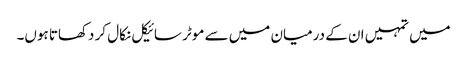
میں تمہیں ان کے درمیان میں سے موٹر سائیکل نکال کر دکھاتا ہوں۔